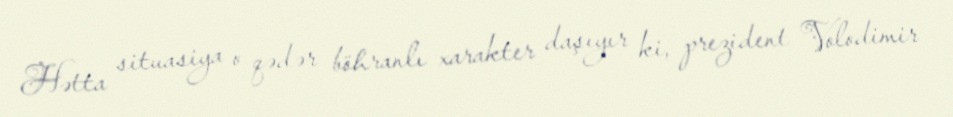
Hətta situasiya o qədər böhranlı xarakter daşıyır ki, prezident Volodimir